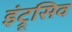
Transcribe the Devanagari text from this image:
इंट्रूसिव